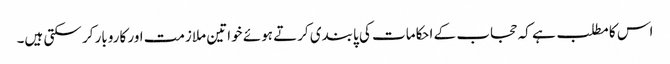
اس کا مطلب ہے کہ حجاب کے احکامات کی پابندی کرتے ہوئے خواتین ملازمت اور کاروبار کر سکتی ہیں۔